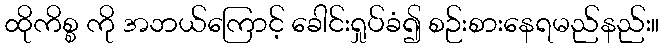
ထိုကိစ္စ ကို အဘယ်ကြောင့် ခေါင်းရှုပ်ခံ၍ စဉ်းစားနေရမည်နည်း။